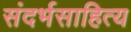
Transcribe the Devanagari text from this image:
संदर्भसाहित्य